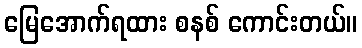
မြေအောက်ရထား စနစ် ကောင်းတယ်။